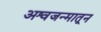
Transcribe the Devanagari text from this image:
अश्वजन्मातून